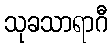
သုခသာရာဂီ